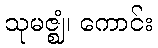
သုမဇ္ဈံ၊ ကောင်း